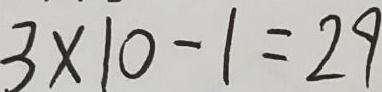
3 \times 1 0 - 1 = 2 9